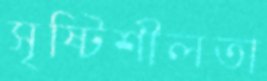
সৃষ্টিশীলতা